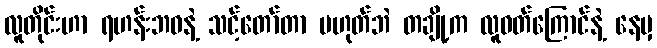
လူတိုင်းဟာ ရဟန်းဘဝနဲ့ သင့်တော်တာ မဟုတ်ဘဲ တချို့က လူဝတ်ကြောင်နဲ့ နေမှ